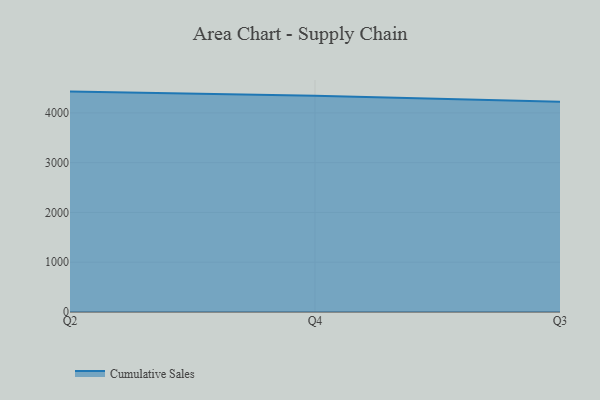
{"axis": {"x": "Quarter", "y": "Temperature (°C)"}, "legend": ["Cumulative Sales"], "data": [{"x": "Q2", "y": 4427.9, "type": "Cumulative Sales"}, {"x": "Q4", "y": 4344.9, "type": "Cumulative Sales"}, {"x": "Q3", "y": 4225.6, "type": "Cumulative Sales"}]}